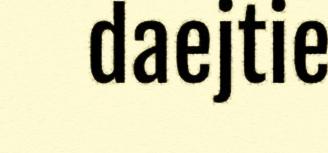
daejtie